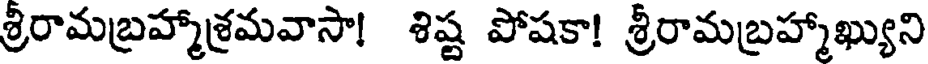
శ్రీరామబ్రహ్మాశ్రమవాసా! శిష్ట పోషకా! శ్రీరామబ్రహ్మాఖ్యుని